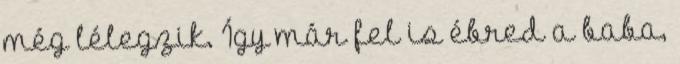
még lélegzik. Így már fel is ébred a baba,